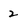
Character: 2